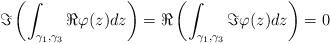
LaTeX: \begin{align*}\Im \left( \int_{\gamma_{1},\gamma_{3}} \Re \varphi(z)dz \right)= \Re \left(\int_{\gamma_{1},\gamma_{3}} \Im \varphi(z)dz \right)=0\end{align*}